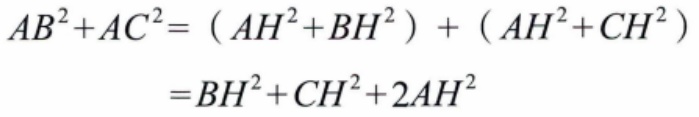
\[
\begin{align*}
AB^{2}+AC^{2}&=(AH^{2}+BH^{2})+(AH^{2}+CH^{2})\\
&=BH^{2}+CH^{2}+2AH^{2}
\end{align*}
\]